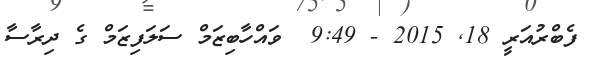
ފެބްރުއަރީ 18